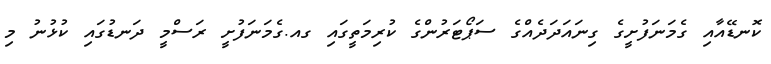
ކޮނޑޭއާއި ގެމަނަފުށީގެ ގިނައަދަދެއްގެ ސަޕޯޓަރުންގެ ކުރިމަތީގައި ގއ.ގެމަނަފުށީ ރަސްމީ ދަނޑުގައި ކުޅުނު މި